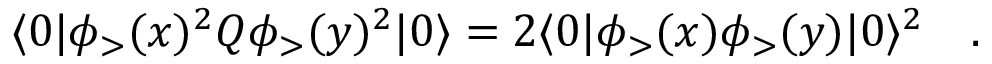
\langle 0 | \phi _ { > } ( x ) ^ { 2 } Q \phi _ { > } ( y ) ^ { 2 } | 0 \rangle = 2 \langle 0 | \phi _ { > } ( x ) \phi _ { > } ( y ) | 0 \rangle ^ { 2 } \quad .